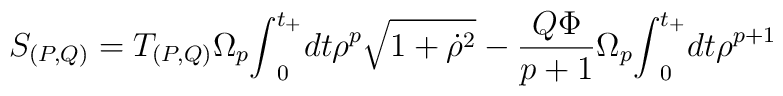
S_{(P,Q)}=T_{(P,Q)}{\Omega}_{p} {\int}_{0}^{t_{+}}dt {\rho}^{p}\sqrt {1+{\dot {\rho}}^{2}} -\frac{Q{\Phi}}{p+1} {\Omega}_{p}  {\int}_{0}^{t_{+}}dt {\rho}^{p+1}